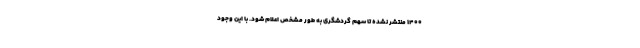
۱۴۰۰ منتشر نشده تا سهم گردشگری به طور مشخص اعلام شود. با این وجود